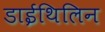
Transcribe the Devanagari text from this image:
डाईथिलिन